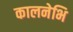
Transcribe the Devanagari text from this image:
कालनेभि